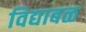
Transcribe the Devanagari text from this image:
विद्याबळ